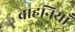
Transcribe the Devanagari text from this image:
वाहनियाँ